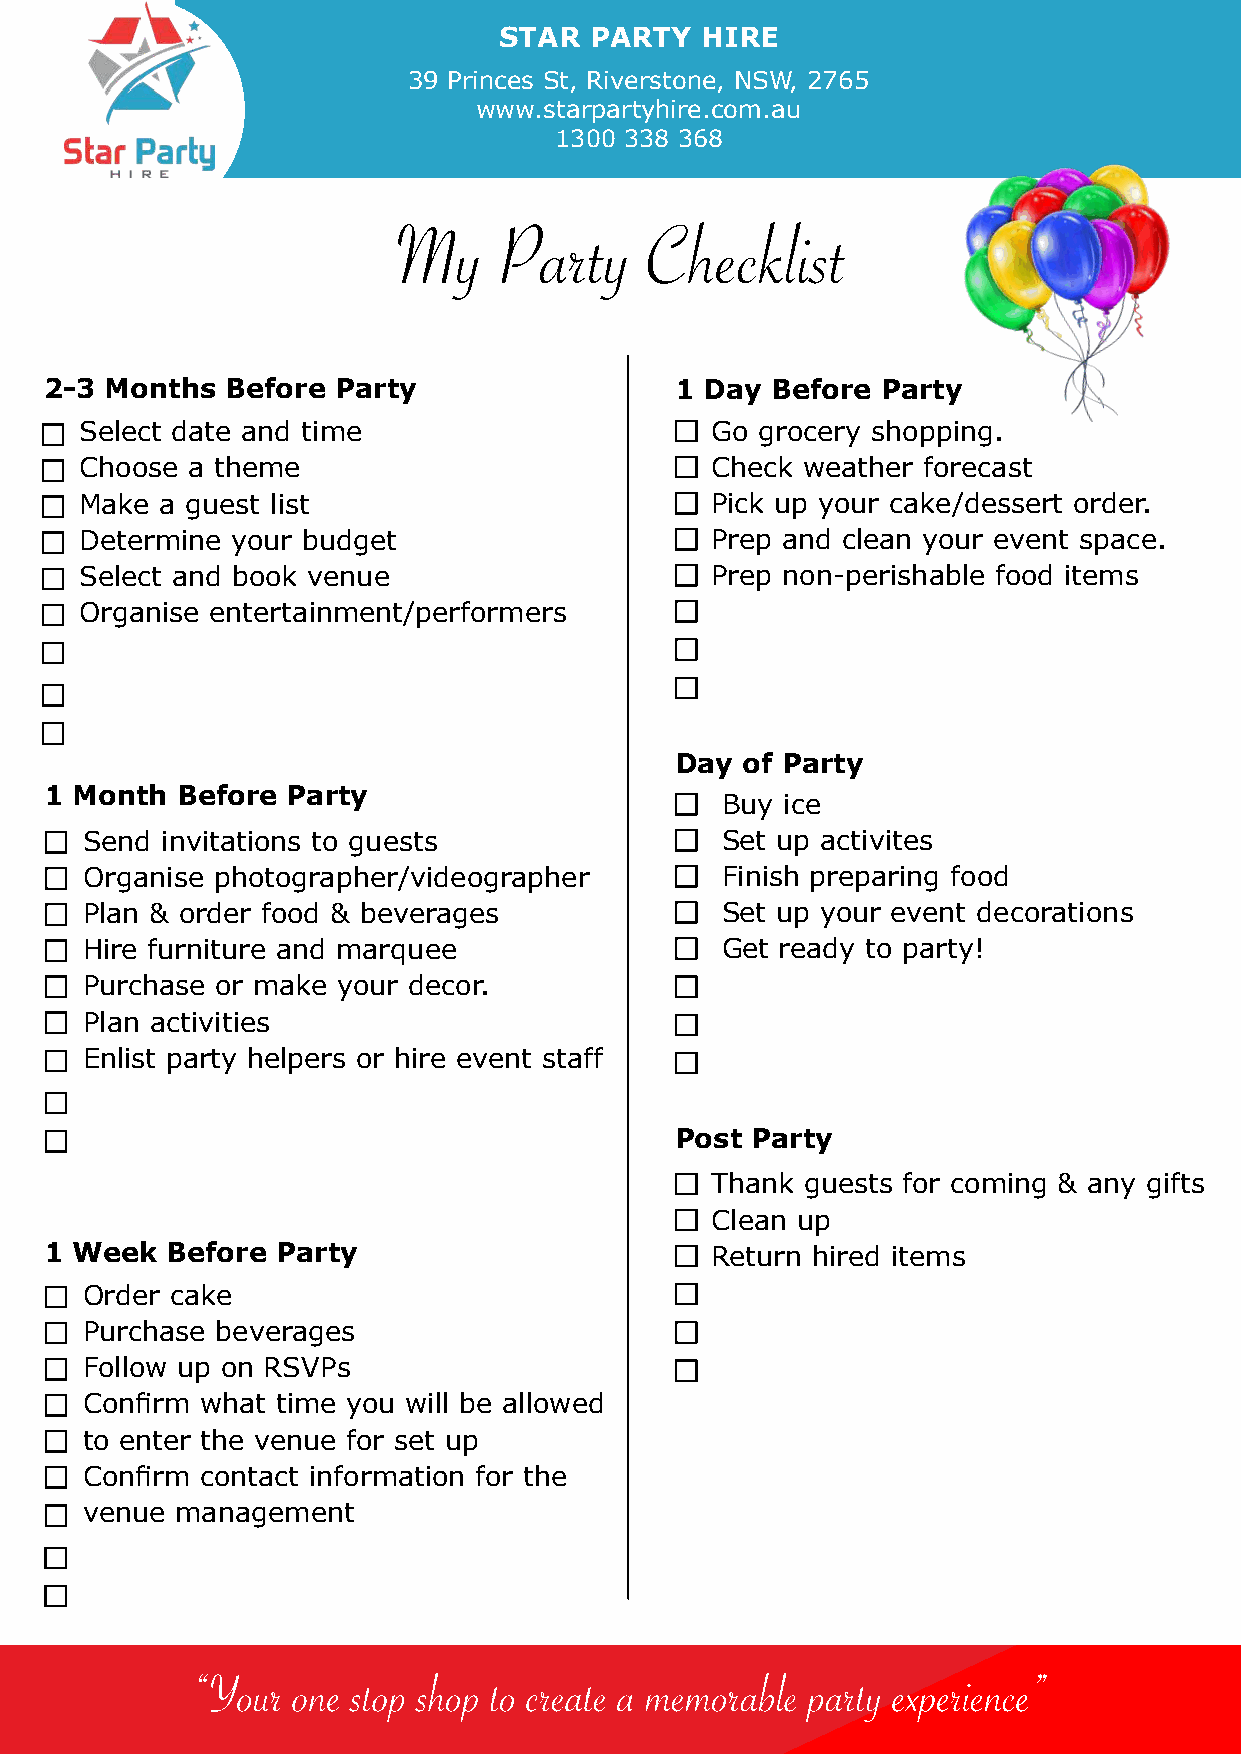
STAR  PARTY  HIRE
 39 Princes St, Riverstone, NSW, 2765
 www.starpartyhire.com.au
 1300 338 368
 My     Party     Checklist
 2-3 Months  Before Party                  1 Day Before Party
 Select date and time                      Go grocery shopping.
 Choose a theme                            Check weather forecast
 Make  a guest list                        Pick up your cake/dessert order.
 Determine your budget                     Prep and clean your event space.
 Select and book venue                     Prep non-perishable food items
 Organise entertainment/performers
 Day of Party
 1 Month  Before Party
 Buy ice
 Send  invitations to guests                Set up activites
 Organise photographer/videographer         Finish preparing food
 Plan & order food & beverages              Set up your event decorations
 Hire furniture and marquee                 Get ready to party!
 Purchase or make your decor.
 Plan activities
 Enlist party helpers or hire event staff
 Post Party
 Thank guests for coming & any gifts
 Clean up
 1 Week  Before Party
 Return hired items
 Order cake
 Purchase beverages
 Follow up on RSVPs
 Confirm what time you will be allowed
 to enter the venue for set up
 Confirm contact information for the
 venue  management
 “Your one stop shop to create a memorable party experience”